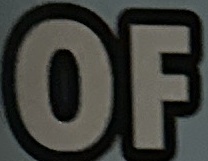
OF